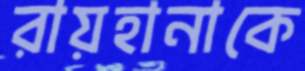
রায়হানাকে